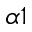
\alpha 1